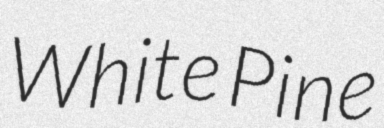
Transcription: White Pine